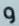
و